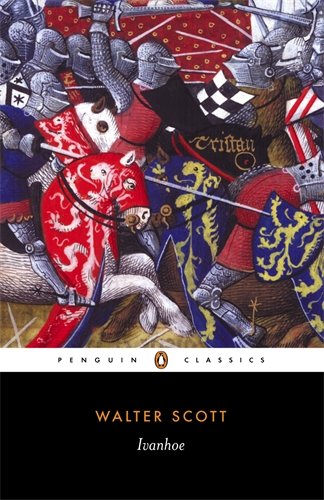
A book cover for Ivanhoe (Penguin Classics); Walter Scott; Literature & Fiction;